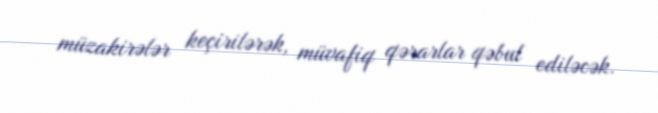
müzakirələr keçirilərək, müvafiq qərarlar qəbul ediləcək.